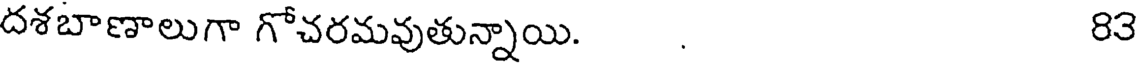
దశబాణాలుగా గోచరమవుతున్నాయి. . 83